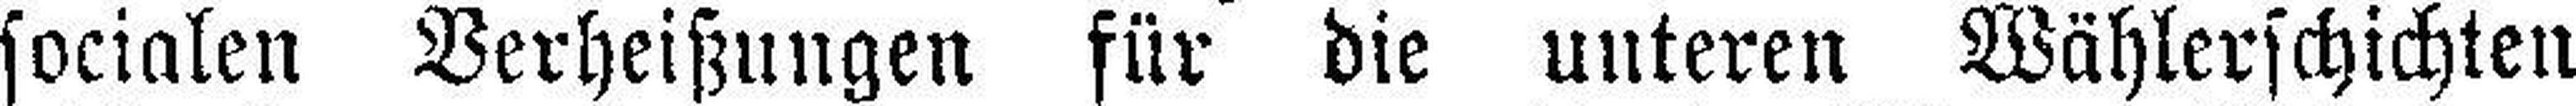
socialen Verheißungen für die unteren Wählerschichten